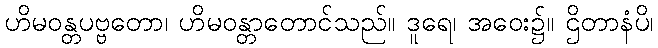
ဟိမဝန္တပဗ္ဗတော၊ ဟိမဝန္တာတောင်သည်။ ဒူရေ၊ အဝေး၌။ ဌိတာနံပိ၊